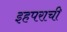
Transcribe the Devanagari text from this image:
इहपराची